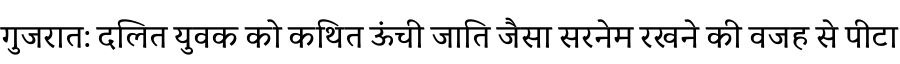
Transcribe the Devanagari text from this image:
गुजरात: दलित युवक को कथित ऊंची जाति जैसा सरनेम रखने की वजह से पीटा